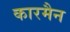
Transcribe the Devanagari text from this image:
कारमैन